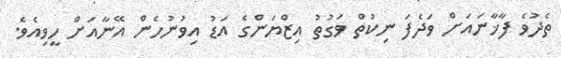
ތެދުވެ ފާޚާނައަށް ވަދެފަ ނިކުތް ވަގުތު އިޒްޔަންގެ އަޑު އިވުނުހެން އޭނާއަށް ހީވިއެވެ.